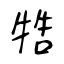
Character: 牿